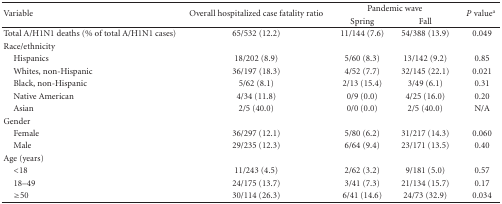
| <ROWSPAN=2> Variable | <ROWSPAN=2> Overall hospitalized case fatality ratio | <COLSPAN=2> Pandemic wave | <ROWSPAN=2> P valuea |
 | Spring | Fall |
 | --- | --- | --- | --- | --- |
 | Total A/H1N1 deaths (% of total A/H1N1 cases) | 65/532 (12.2) | 11/144 (7.6) | 54/388 (13.9) | 0.049 |
 | Race/ethnicity |  |  |  |  |
 | Hispanics | 18/202 (8.9) | 5/60 (8.3) | 13/142 (9.2) | 0.85 |
 | Whites, non-Hispanic | 36/197 (18.3) | 4/52 (7.7) | 32/145 (22.1) | 0.021 |
 | Black, non-Hispanic | 5/62 (8.1) | 2/13 (15.4) | 3/49 (6.1) | 0.31 |
 | Native American | 4/34 (11.8) | 0/9 (0.0) | 4/25 (16.0) | 0.20 |
 | Asian | 2/5 (40.0) | 0/0 (0.0) | 2/5 (40.0) | N/A |
 | Gender |  |  |  |  |
 | Female | 36/297 (12.1) | 5/80 (6.2) | 31/217 (14.3) | 0.060 |
 | Male | 29/235 (12.3) | 6/64 (9.4) | 23/171 (13.5) | 0.40 |
 | Age (years) |  |  |  |  |
 | <18 | 11/243 (4.5) | 2/62 (3.2) | 9/181 (5.0) | 0.57 |
 | 18–49 | 24/175 (13.7) | 3/41 (7.3) | 21/134 (15.7) | 0.17 |
 | ≥50 | 30/114 (26.3) | 6/41 (14.6) | 24/73 (32.9) | 0.034 |